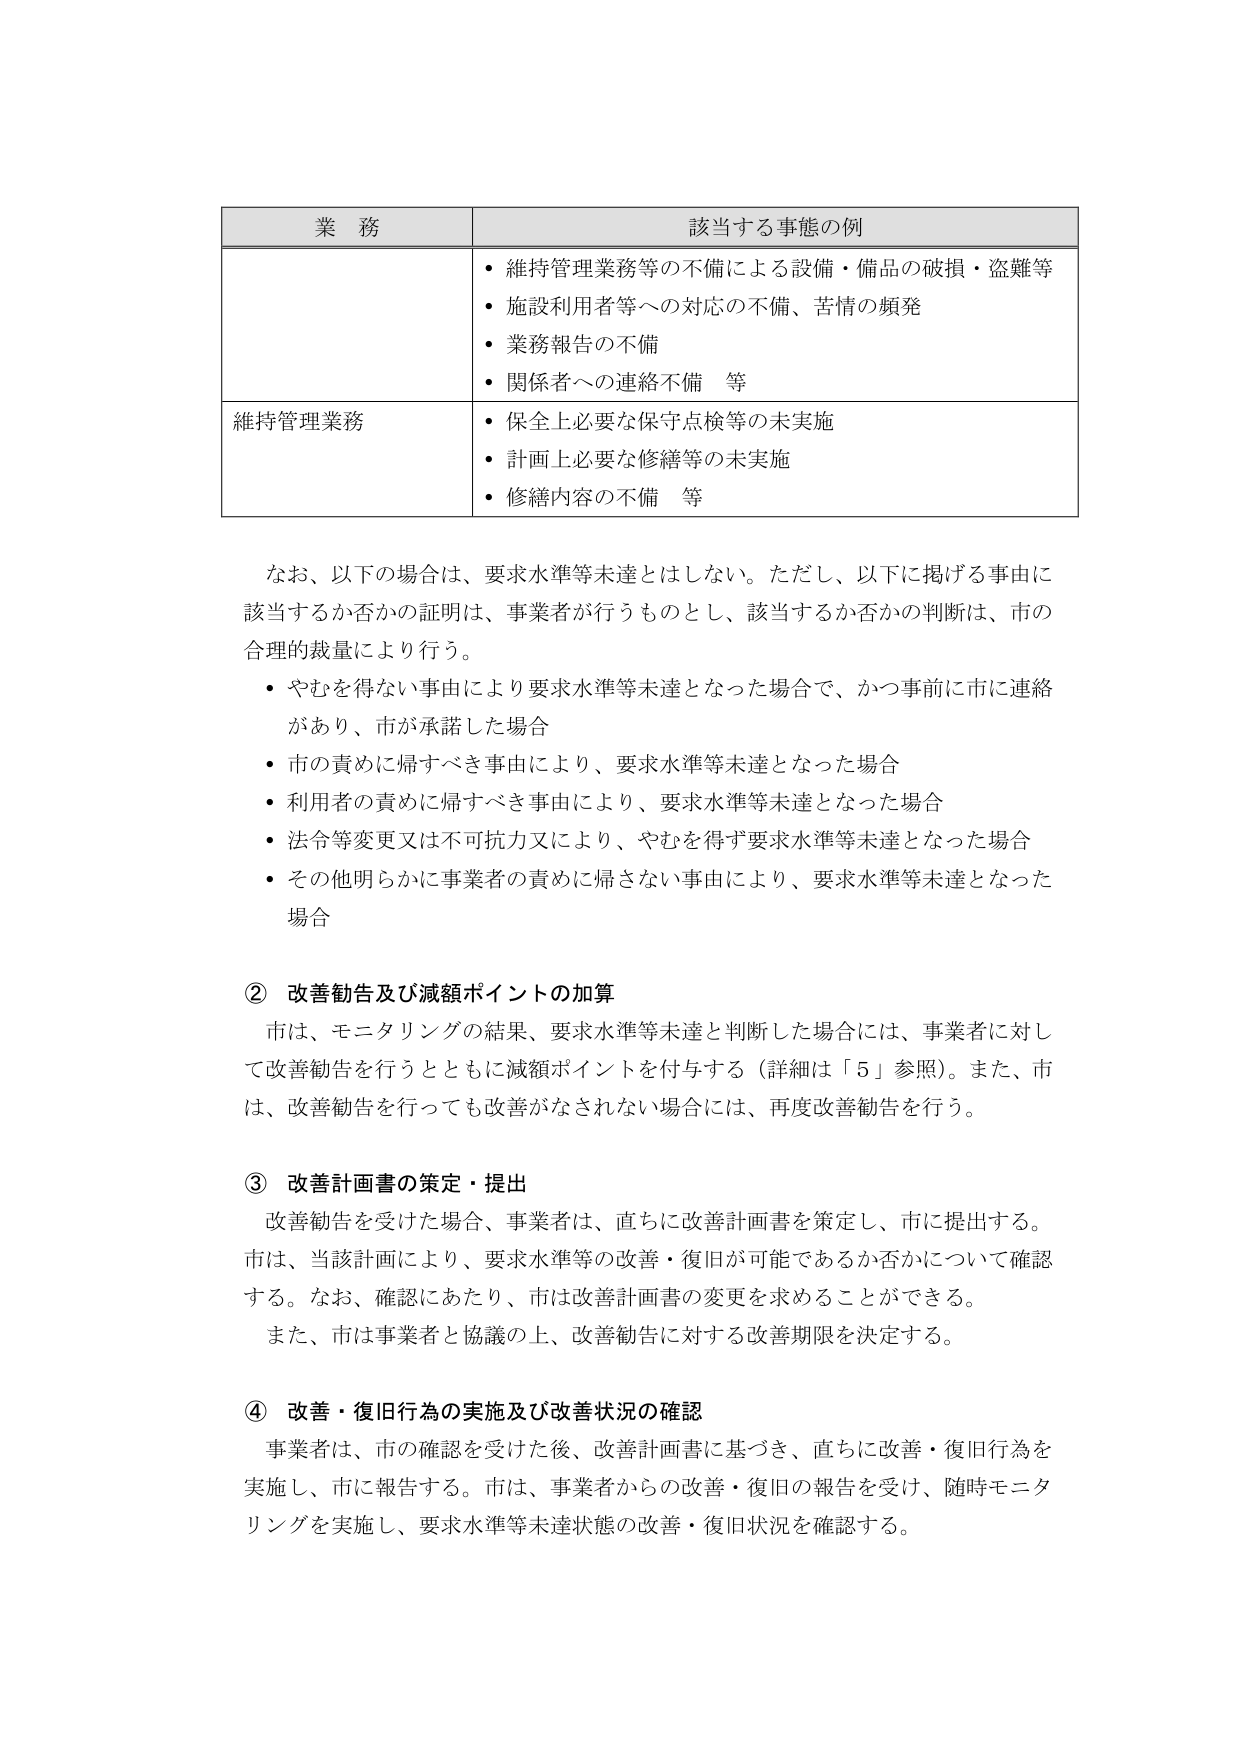
業 務 該当する事態の例
・維持管理業務等の不備による設備・備品の破損・盗難等
・施設利用者等への対応の不備、苦情の頻発
・業務報告の不備
・関係者への連絡不備 等
維持管理業務
・保全上必要な保守点検等の未実施
・計画上必要な修繕等の未実施
・修繕内容の不備 等

なお、以下の場合は、要求水準等未達とはしない。ただし、以下に掲げる事由に
該当するか否かの証明は、事業者が行うものとし、該当するか否かの判断は、市の
合理的裁量により行う。
・やむを得ない事由により要求水準等未達となった場合で、かつ事前に市に連絡
があり、市が承諾した場合
・市の責めに帰すべき事由により、要求水準等未達となった場合
・利用者の責めに帰すべき事由により、要求水準等未達となった場合
・法令等変更又は不可抗力により、やむを得ず要求水準等未達となった場合
・その他明らかに事業者の責めに帰さない事由により、要求水準等未達となった
場合

② 改善勧告及び減額ポイントの加算
市は、モニタリングの結果、要求水準等未達と判断した場合には、事業者に対し
て改善勧告を行うとともに減額ポイントを付与する（詳細は「5」参照）。また、市
は、改善勧告を行っても改善がなされない場合には、再度改善勧告を行う。

③ 改善計画書の策定・提出
改善勧告を受けた場合、事業者は、直ちに改善計画書を策定し、市に提出する。
市は、当該計画により、要求水準等の改善・復旧が可能であるか否かについて確認
する。なお、確認にあたり、市は改善計画書の変更を求めることができる。
また、市は事業者と協議の上、改善勧告に対する改善期限を決定する。

④ 改善・復旧行為の実施及び改善状況の確認
事業者は、市の確認を受けた後、改善計画書に基づき、直ちに改善・復旧行為を
実施し、市に報告する。市は、事業者からの改善・復旧の報告を受け、随時モニタ
リングを実施し、要求水準等未達状態の改善・復旧状況を確認する。